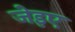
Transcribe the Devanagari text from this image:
जेइए